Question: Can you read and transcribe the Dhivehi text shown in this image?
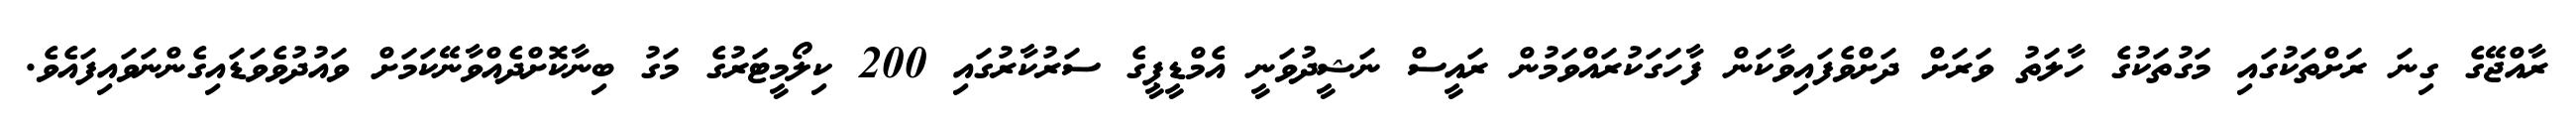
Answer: ރާއްޖޭގެ ގިނަ ރަށްތަކުގައި މަގުތަކުގެ ހާލަތު ވަރަށް ދަށްވެފައިވާކަން ފާހަގަކުރައްވަމުން ރައީސް ނަޝީދުވަނީ އެމްޑީޕީގެ ސަރުކާރުގައި 200 ކިލޯމީޓަރުގެ މަގު ބިނާކޮށްދެއްވާނޭކަމަށް ވައުދުވެވަޑައިގެންނަވައިފައެވެ.